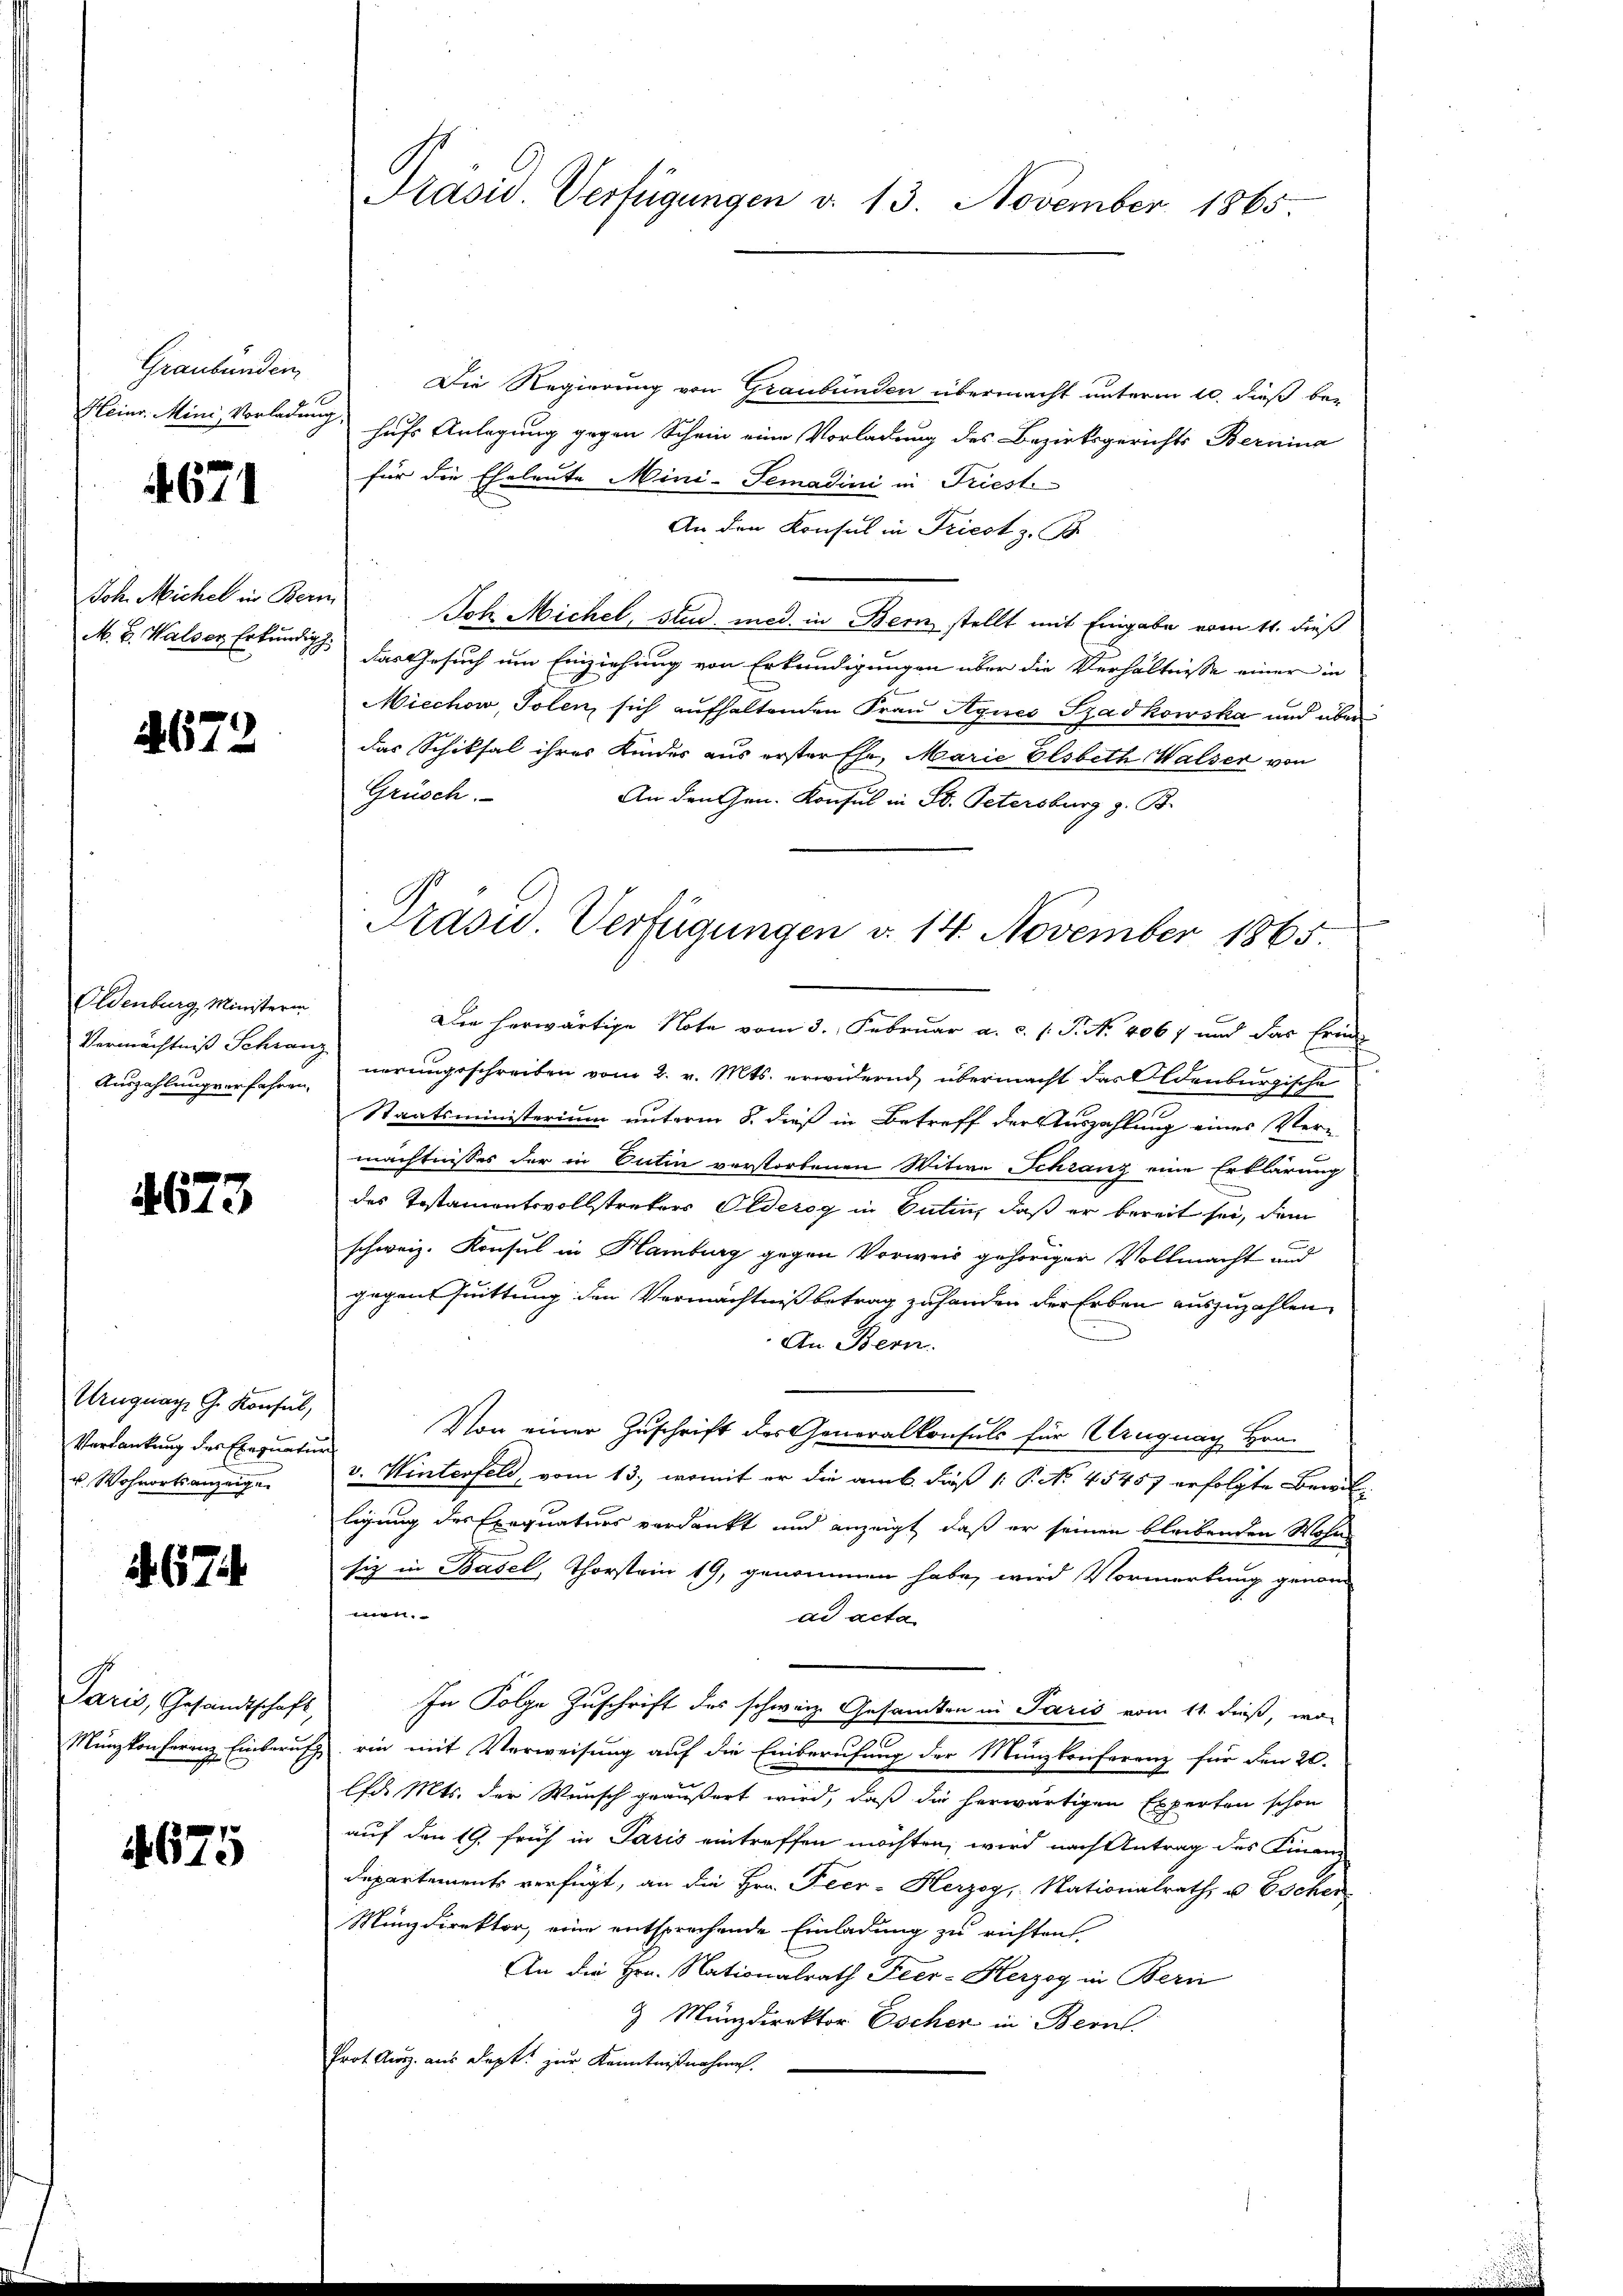
Graubünden,

4671

Joh. Michel in Beri

4672

Oldenburg, Ministerin
Auszahlung verfahren.

4673

Uruguay G. Konsul,
Verdankung des Exequatur
u. Wohnorts anzeige

67

Paris, Gesandtschaft,

4675

Die Regierung von Graubünden übermacht unterm 10. dieß be¬
Heinr. Mini, Vorladung, hufs Anlegung gegen Schein eine Vorladung des Bezirksgerichts Bernina
für die Eheleute Mini-Semadini in Friesti-
An den Konsul in Triest z. C
Joh. Michel, stud. med. in Bern stellt mit Eingabe vom 11. dieß
M. B. Walser Erkung. Das Gesuch um Einziehung von Erkundigungen über die Verhältnisse einer in
Miechow, Tolen, sich aufhaltenden Frau Agnes Szadkowska und überdas Schiksal ihres Kinder aus erster Ehe, Marie Elsbeth Walser von
Grüsch.
An den Gen. Konsul in St. Petersburg z. B.
Die herwärtige Note vom 3. Februar a. c. P. N. 4067 und das Erin
Vermächtniß Schwang verungeschreiben vom 2. v. Mts. erwidernd, übermacht das Oldenburgische
Staatsministerium unterm 8. dieß in Betreff der Auszahlung eines Ver-
mächtnisses der in Entin verstorbenen Witwe Schranz eine Erklärung
des Testamentsvollstrekers Oldezog in Satin, daß er bereit sei, dem
schweiz. Konsul in Hamburg gegen Vorweis gehöriger Vollmacht und
gegen Quittung den Vermächtniß betrag zuhanden der Erben auszuzahlen
An Bern.
Von einer Zuschrift des Generalkonsuls für Ungung Hrn.
v. Winterfeld, vom 13., womit er die am 6. dieß (: P. No. 45457 erfolgte Bewilligung des Exequaturs verdankt und anzeigt, daß er seinen bleibenden Wohn
siz in Basel, Thorstein 19, genommen habe, wird Vormerkung genom
we
dd acta
In Folge Zuschrift des schweiz. Gesamten in Paris vom 11. dieß, wo
Münzkonferenz Einberufz, ein mit Verweisung auf die Einberufung der Münzkonferenz für den 20.
lfd. Mts. der Wunsch geäußert wird, daß die herwärtigen Experten schon
auf den 19. früh in Paris eintreffen möchten, wird nach Antrag des Finanz
Departements verfügt, an die Hrn. Peer - Herzog, Nationalrath, u. Escher
Minzdirektor, eine entsprechende Einladung zu richten
An die Hrn. Nationalrath Feer-Herzog in Bern
& Münzdirektor Escher in Bern.
Prot. Ausz. aus dept. zur Kenntnißnahmen.

Präsid. Verfügungen d. 13. November 1865.

Präsid. Verfügungen d. 14. November 1865.